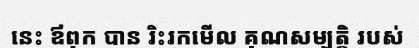
នេះ ឪពុក បាន រិះរកមើល គុណសម្បត្តិ របស់